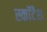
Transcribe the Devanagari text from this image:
स्कॉटैश